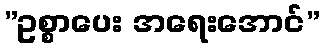
”ဥစ္စာပေး အရေးအောင်”